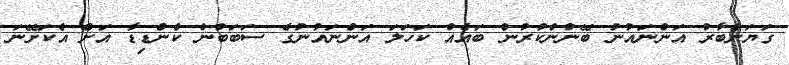
ގަޔަށްބާރު އަންނައުނު ބޭނުންކުރުން ބައެއް ކަހަލަ އަންނައުނުގެ ސަބަބުން ކެންޑިޑާ އަށް އެކަށޭނަ